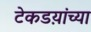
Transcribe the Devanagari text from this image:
टेकडय़ांच्या